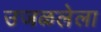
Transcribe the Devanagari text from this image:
उजळलेला